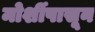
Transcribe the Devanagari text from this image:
मोर्शीपासून